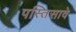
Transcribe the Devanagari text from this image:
पस्तिसावे